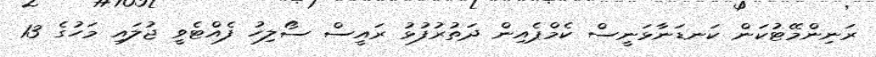
ރަނިންމޭޓުކަން ކަނޑަނާޅަނީސް ކެމްޕެއިން ދަތުރުފުޅު ރައީސް ސޯލިހު ފެއްޓެވީ ޖުލައި މަހުގެ 13